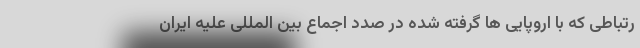
رتباطی که با اروپایی ها گرفته شده در صدد اجماع بین المللی علیه ایران